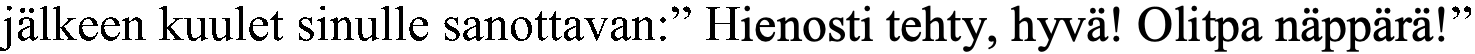
jälkeen kuulet sinulle sanottavan:” Hienosti tehty, hyvä! Olitpa näppärä!”